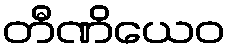
တီဏိယေဝ